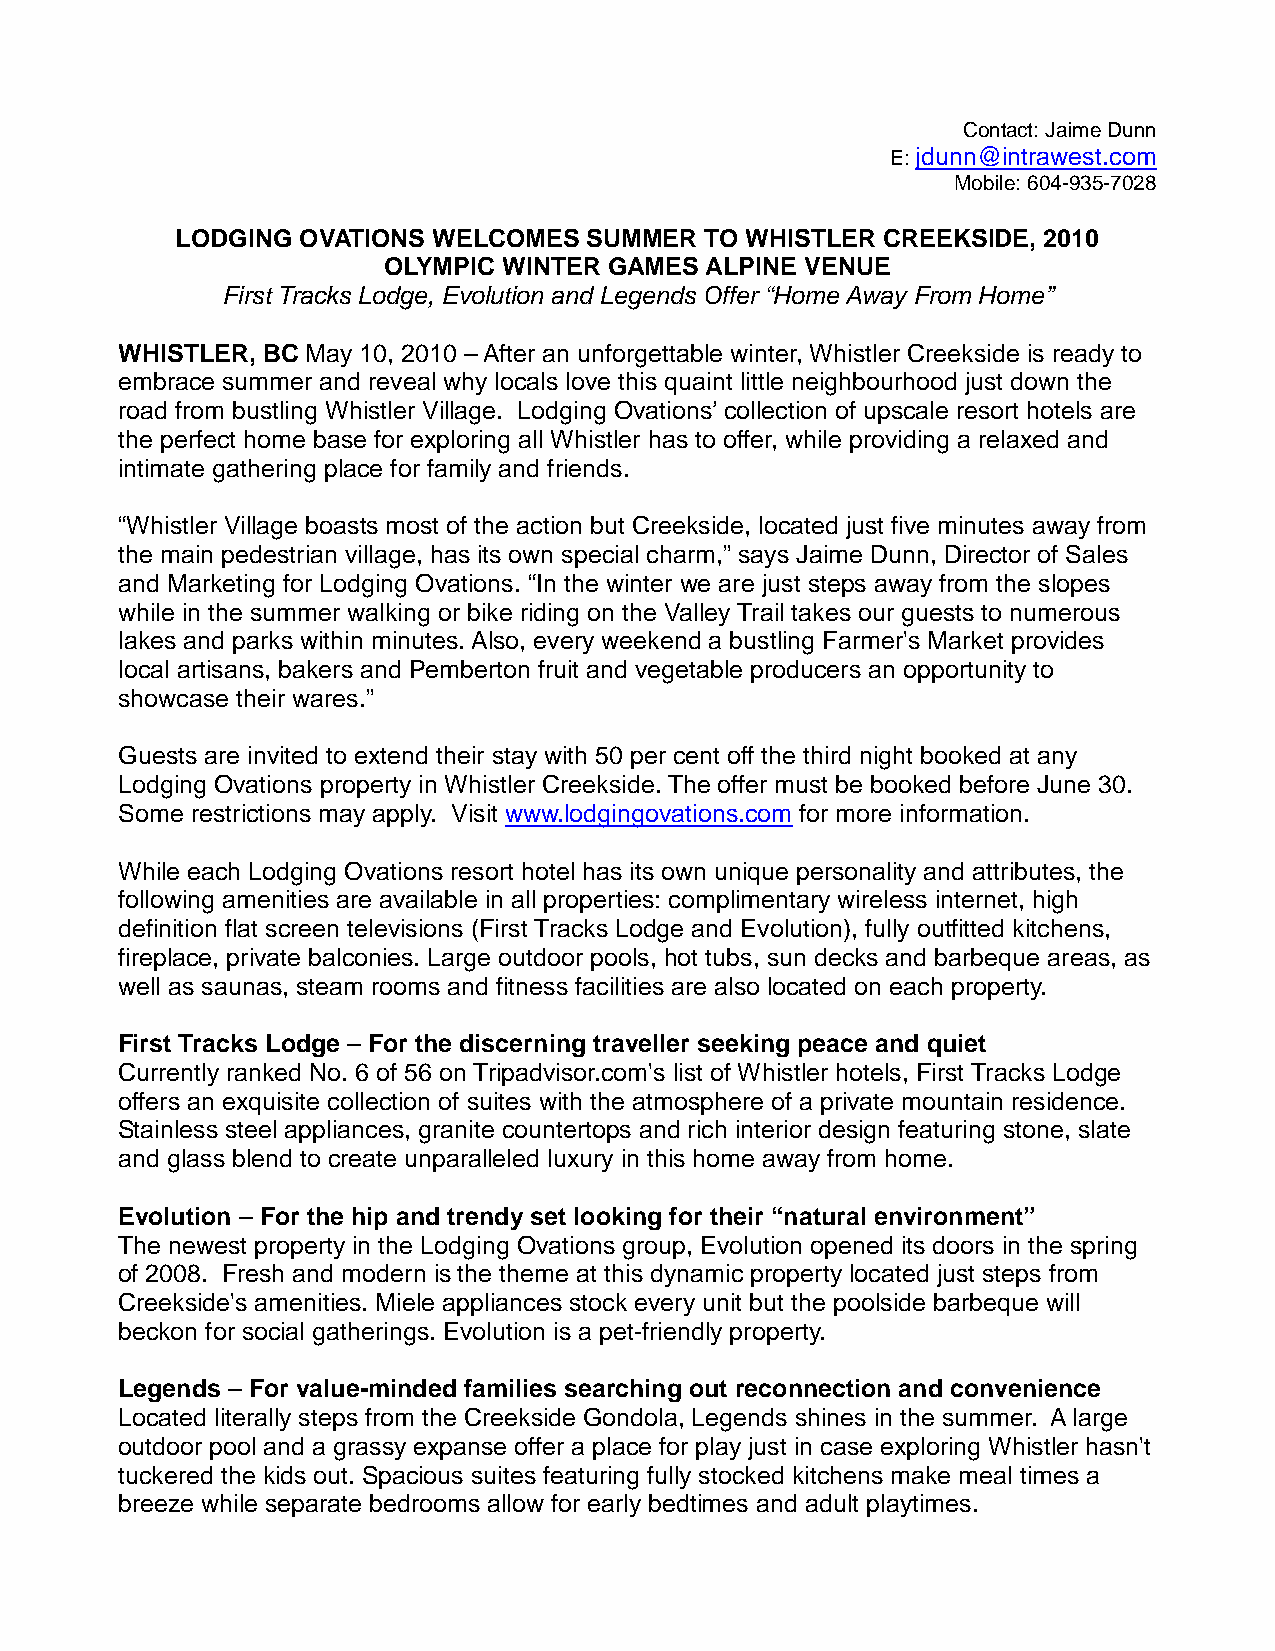
Contact: Jaime Dunn
 E: jdunn@intrawest.com
 Mobile: 604-935-7028
 LODGING OVATIONS WELCOMES  SUMMER  TO WHISTLER CREEKSIDE, 2010
 OLYMPIC WINTER GAMES  ALPINE VENUE
 First Tracks Lodge, Evolution and Legends Offer “Home Away From Home”
 WHISTLER, BC May 10, 2010 – After an unforgettable winter, Whistler Creekside is ready to
 embrace summer and reveal why locals love this quaint little neighbourhood just down the
 road from bustling Whistler Village. Lodging Ovations’ collection of upscale resort hotels are
 the perfect home base for exploring all Whistler has to offer, while providing a relaxed and
 intimate gathering place for family and friends.
 “Whistler Village boasts most of the action but Creekside, located just five minutes away from
 the main pedestrian village, has its own special charm,” says Jaime Dunn, Director of Sales
 and Marketing for Lodging Ovations. “In the winter we are just steps away from the slopes
 while in the summer walking or bike riding on the Valley Trail takes our guests to numerous
 lakes and parks within minutes. Also, every weekend a bustling Farmer's Market provides
 local artisans, bakers and Pemberton fruit and vegetable producers an opportunity to
 showcase their wares.”
 Guests are invited to extend their stay with 50 per cent off the third night booked at any
 Lodging Ovations property in Whistler Creekside. The offer must be booked before June 30.
 Some restrictions may apply. Visit www.lodgingovations.com for more information.
 While each Lodging Ovations resort hotel has its own unique personality and attributes, the
 following amenities are available in all properties: complimentary wireless internet, high
 definition flat screen televisions (First Tracks Lodge and Evolution), fully outfitted kitchens,
 fireplace, private balconies. Large outdoor pools, hot tubs, sun decks and barbeque areas, as
 well as saunas, steam rooms and fitness facilities are also located on each property.
 First Tracks Lodge – For the discerning traveller seeking peace and quiet
 Currently ranked No. 6 of 56 on Tripadvisor.com's list of Whistler hotels, First Tracks Lodge
 offers an exquisite collection of suites with the atmosphere of a private mountain residence.
 Stainless steel appliances, granite countertops and rich interior design featuring stone, slate
 and glass blend to create unparalleled luxury in this home away from home.
 Evolution – For the hip and trendy set looking for their “natural environment”
 The newest property in the Lodging Ovations group, Evolution opened its doors in the spring
 of 2008. Fresh and modern is the theme at this dynamic property located just steps from
 Creekside's amenities. Miele appliances stock every unit but the poolside barbeque will
 beckon for social gatherings. Evolution is a pet-friendly property.
 Legends – For value-minded families searching out reconnection and convenience
 Located literally steps from the Creekside Gondola, Legends shines in the summer. A large
 outdoor pool and a grassy expanse offer a place for play just in case exploring Whistler hasn't
 tuckered the kids out. Spacious suites featuring fully stocked kitchens make meal times a
 breeze while separate bedrooms allow for early bedtimes and adult playtimes.